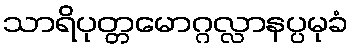
သာရိပုတ္တမောဂ္ဂလ္လာနပ္ပမုခံ